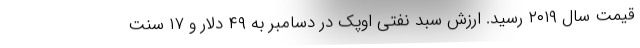
قیمت سال ۲۰۱۹ رسید. ارزش سبد نفتی اوپک در دسامبر به ۴۹ دلار و ۱۷ سنت